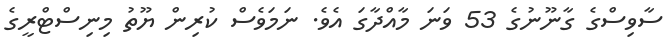
ސާވިސްގެ ގާނޫނުގެ 53 ވަނަ މާއްދާގަ އެވެ. ނަމަވެސް ކުރިން ޔޫތު މިނިސްޓްރީގެ